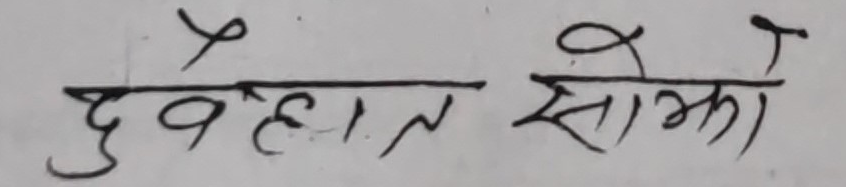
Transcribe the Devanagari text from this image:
दुवैहात सोका